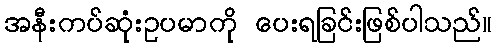
အနီးကပ်ဆုံးဥပမာကို ပေးရခြင်းဖြစ်ပါသည်။